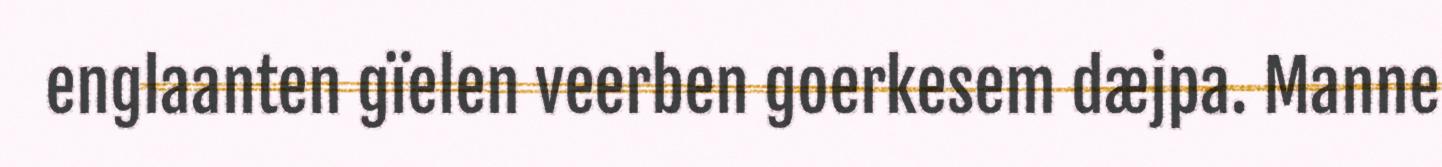
englaanten gïelen veerben goerkesem dæjpa. Manne